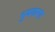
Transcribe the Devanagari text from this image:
भुषवल्या